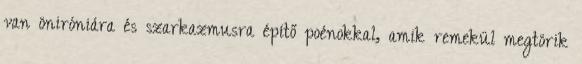
van öniróniára és szarkazmusra építő poénokkal, amik remekül megtörik